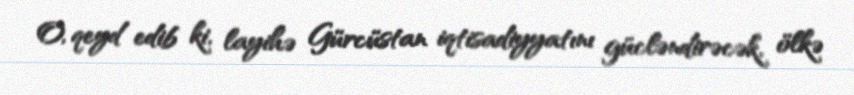
O, qeyd edib ki, layihə Gürcüstan iqtisadiyyatını gücləndirəcək, ölkə